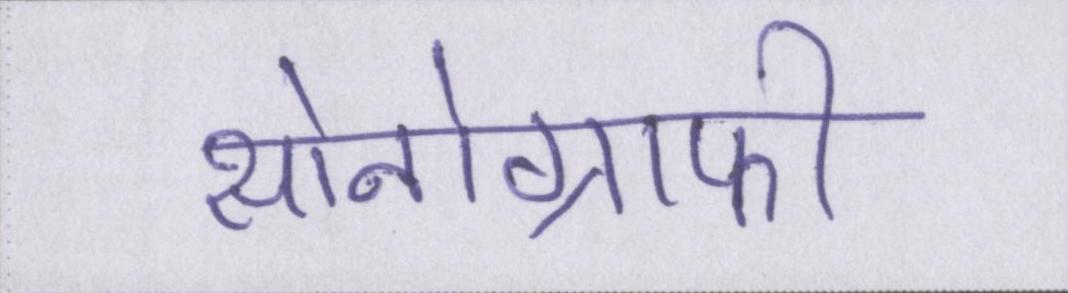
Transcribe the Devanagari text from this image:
सोनोग्राफी